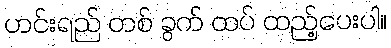
ဟင်းရည် တစ် ခွက် ထပ် ထည့်ပေးပါ။